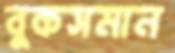
বুকসমান